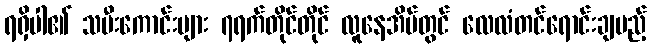
ရရှိပါ၏ သမီးကောင်းများ ၇ရက်တိုင်တိုင် လူနေအိမ်တွင် လေလံတင်ရောင်းချမည့်